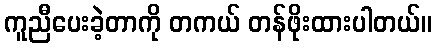
ကူညီပေးခဲ့တာကို တကယ် တန်ဖိုးထားပါတယ်။